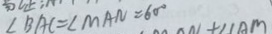
\angle B A C = \angle M A N = 6 0 ^ { \circ }